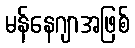
မန်နေဂျာအဖြစ်